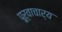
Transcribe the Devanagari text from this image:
पूर्वाचार्य